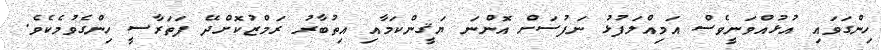
ހިންގަވައި އުޅުއްވަނީވެސް އަމިއްލަފުޅު ނަފުސަށް އޮންނަ ޔަޤީންކަމާއި އިތުބާރު ރަމްޒުކޮށްދޭ ފަތަރާސީ ހިންގެވުމެކެވެ.